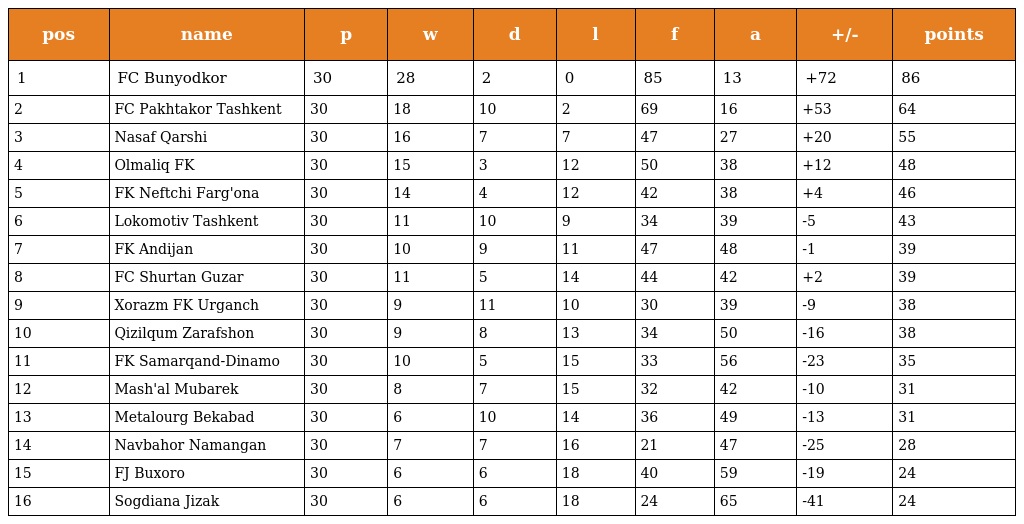
| pos | name | p | w | d | l | f | a | +/- | points |
 | --- | --- | --- | --- | --- | --- | --- | --- | --- | --- |
 | 1 | FC Bunyodkor | 30 | 28 | 2 | 0 | 85 | 13 | +72 | 86 |
 | 2 | FC Pakhtakor Tashkent | 30 | 18 | 10 | 2 | 69 | 16 | +53 | 64 |
 | 3 | Nasaf Qarshi | 30 | 16 | 7 | 7 | 47 | 27 | +20 | 55 |
 | 4 | Olmaliq FK | 30 | 15 | 3 | 12 | 50 | 38 | +12 | 48 |
 | 5 | FK Neftchi Farg'ona | 30 | 14 | 4 | 12 | 42 | 38 | +4 | 46 |
 | 6 | Lokomotiv Tashkent | 30 | 11 | 10 | 9 | 34 | 39 | -5 | 43 |
 | 7 | FK Andijan | 30 | 10 | 9 | 11 | 47 | 48 | -1 | 39 |
 | 8 | FC Shurtan Guzar | 30 | 11 | 5 | 14 | 44 | 42 | +2 | 39 |
 | 9 | Xorazm FK Urganch | 30 | 9 | 11 | 10 | 30 | 39 | -9 | 38 |
 | 10 | Qizilqum Zarafshon | 30 | 9 | 8 | 13 | 34 | 50 | -16 | 38 |
 | 11 | FK Samarqand-Dinamo | 30 | 10 | 5 | 15 | 33 | 56 | -23 | 35 |
 | 12 | Mash'al Mubarek | 30 | 8 | 7 | 15 | 32 | 42 | -10 | 31 |
 | 13 | Metalourg Bekabad | 30 | 6 | 10 | 14 | 36 | 49 | -13 | 31 |
 | 14 | Navbahor Namangan | 30 | 7 | 7 | 16 | 21 | 47 | -25 | 28 |
 | 15 | FJ Buxoro | 30 | 6 | 6 | 18 | 40 | 59 | -19 | 24 |
 | 16 | Sogdiana Jizak | 30 | 6 | 6 | 18 | 24 | 65 | -41 | 24 |